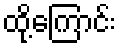
ထို့ကြောင်း